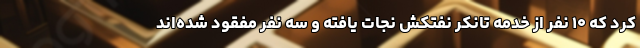
کرد که ۱۰ نفر از خدمه تانکر نفتکش نجات یافته‌ و سه نفر مفقود شده‌اند